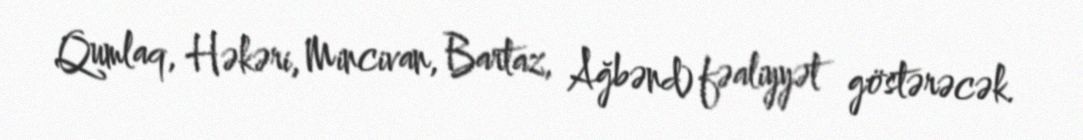
Qumlaq, Həkəri, Mincivan, Bartaz, Ağbənd) fəaliyyət göstərəcək.